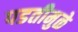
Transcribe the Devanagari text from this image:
पडतीमुळे